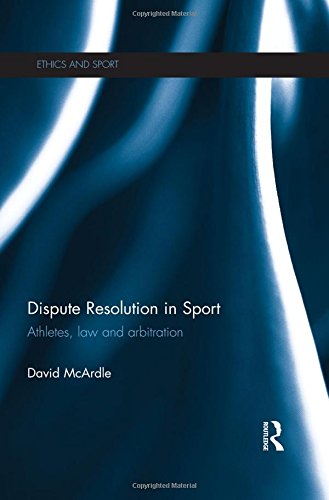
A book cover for Dispute Resolution in Sport: Athletes, Law and Arbitration (Ethics and Sport); David McArdle; Law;